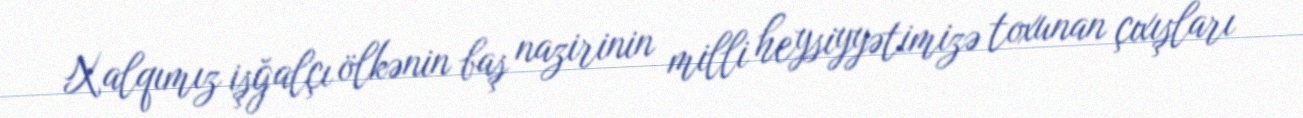
Xalqımız işğalçı ölkənin baş nazirinin milli heysiyyətimizə toxunan çıxışları